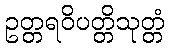
ဥတ္တရဝိပတ္တိသုတ္တံ